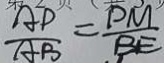
\frac { A D } { A B } = \frac { D M } { B E }